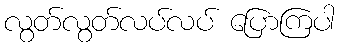
လွတ်လွတ်လပ်လပ် ပြောကြပါ